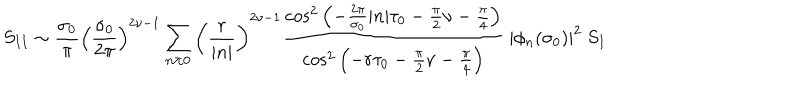
S _ { I I } \sim \frac { \sigma _ { 0 } } { \pi } \left( \frac { \sigma _ { 0 } } { 2 \pi } \right) ^ { 2 \nu - 1 } \sum _ { n \neq 0 } ^ { } \left( \frac { r } { | n | } \right) ^ { 2 \nu - 1 } \frac { { \cos } ^ { 2 } \left( - \frac { 2 \pi } { \sigma _ { 0 } } | n | \tau _ { 0 } - \frac { \pi } { 2 } \nu - \frac { \pi } { 4 } \right) } { { \cos } ^ { 2 } \left( - r \tau _ { 0 } - \frac { \pi } { 2 } \nu - \frac { \pi } { 4 } \right) } ~ | \phi _ { n } ( \sigma _ { 0 } ) | ^ { 2 } ~ S _ { I }